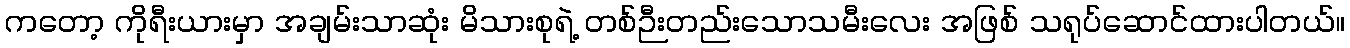
ကတော့ ကိုရီးယားမှာ အချမ်းသာဆုံး မိသားစုရဲ့ တစ်ဉီးတည်းသောသမီးလေး အဖြစ် သရုပ်ဆောင်ထားပါတယ်။